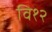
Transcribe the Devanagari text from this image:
वि१२